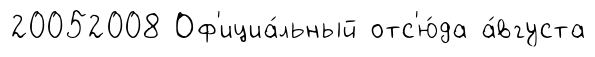
20052008 Оф'ициа́льный отс'ю́да а́вгуста